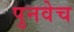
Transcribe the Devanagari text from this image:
पुनवेच